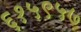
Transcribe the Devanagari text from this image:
६१५९५७